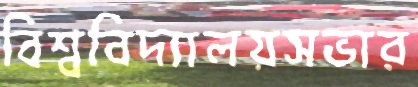
বিশ্ববিদ্যালয়সভার